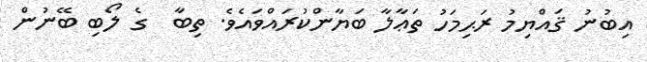
އިބުނު ޤައްޔިމު ރަޙިމަހު ތަޢާލާ ބަޔާންކުރައްވައެވެ. ތިބާ  ގެ ލޯބި ބޭނުން